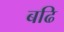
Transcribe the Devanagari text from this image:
बढि